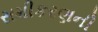
સમીકરણની